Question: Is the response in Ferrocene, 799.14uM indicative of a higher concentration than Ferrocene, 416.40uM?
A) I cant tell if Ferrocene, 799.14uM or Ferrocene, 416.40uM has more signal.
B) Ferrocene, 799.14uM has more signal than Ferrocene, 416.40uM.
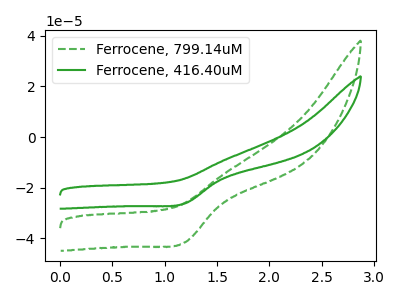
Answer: <think>The green dashed curve "Ferrocene, 799.14uM" has a cathodic peak at: (1.20V, -41.50uA). The green curve "Ferrocene, 416.40uM" has a cathodic peak at: (1.20V, -26.15uA).
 All the peaks in "Ferrocene, 799.14uM" have a peak in "Ferrocene, 416.40uM" at the same potential. Every peak in "Ferrocene, 799.14uM" is higher than every peak in "Ferrocene, 416.40uM".</think>
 <answer>B) "Ferrocene, 799.14uM" has more signal than "Ferrocene, 416.40uM".</answer>
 <eval>B</eval>